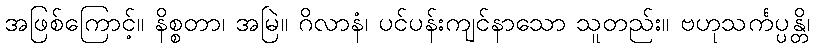
အဖြစ်ကြောင့်။ နိစ္စတာ၊ အမြဲ။ ဂိလာနံ၊ ပင်ပန်းကျင်နာသော သူတည်း။ ဗဟုသင်္ကပ္ပန္တိ၊